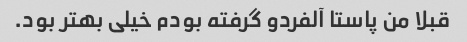
قبلا من پاستا آلفردو گرفته بودم خیلی بهتر بود.